Reports on dispensaries and lunatic asylums in the Province of Oudh - 1869-1876
Year: 1869
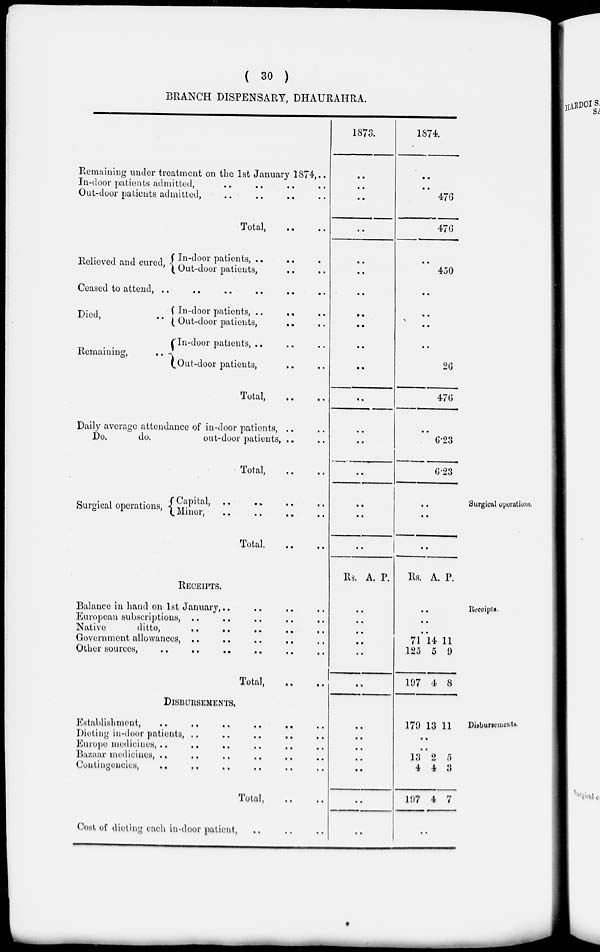
( 30 )
BRANCH DISPENSARY, DHAURAHRA.
Remaining under treatment on the 1st January 1874, ..
In-door patients admitted, .. .. .. ..
Out-door patients admitted, .. .. .. ..
Total, .. ..
1873.
..
..
..
..
1874.
..
..
476
476
Relieved and cured,
In-door patients, .. .. ..
Out-door patients, .. ..
..
..
..
450
Ceased to attend, .. .. .. .. .. ..
Died, ..
Remaining, ..
In-door patients, ..
.. ..
Out-door patients, .. ..
In-door patients, .. .. ..
Out-door patients, .. ..
Total, .. ..
Daily average attendance of in-door patients, .. ..
Do.
do.
out-door patients, .. ..
Total, .. ..
..
..
..
..
..
..
..
..
..
..
..
..
..
26
476
..
6.23
6.23
Surgical operations.
Surgical operations,
Capical,
..
..
..
..
Minor,
..
..
.. ..
Total. .. ..
..
..
..
..
..
..
Receipts.
RECEIPTS.
Balance in hand on 1st January, .. .. ..
European subscriptions, ..
..
..
.. ..
Native
ditto, .. .. .. .. ..
Government allowances,
..
..
..
..
..
Other sources,
..
..
..
.. .. ..
Total, .. ..
Rs. A. P.
..
..
..
..
..
..
Rs. A. P.
..
..
..
71
125
197
14
5
4
11
9
8
Disbursements.
DISBURSEMENTS.
Establishment,
..
..
..
..
..
Dieting in-door patients, .. .. .. ..
Europe medicines, .. .. .. .. ..
Bazaar medicines, .. .. .. .. ..
Contingencies, .. .. .. .. ..
Total, .. ..
Cost of dieting each in-door patient, .. .. ..
..
..
..
..
..
..
..
179 13 11
..
..
13
4
197
2
4
4
5
3
7
..